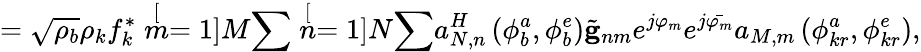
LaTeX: =\sqrt{\rho_{b}}\rho_{k}f_{k}^{*}\stackrel[m=1]{M}{\sum}\stackrel[n=1]{N}{\sum}a_{N,n}^{H}\left(\phi_{b}^{a},\phi_{b}^{e}\right)\tilde{\mathbf{g}}_{nm}e^{j\varphi_{m}}e^{j\bar{\varphi_{m}}}a_{M,m}\left(\phi_{kr}^{a},\phi_{kr}^{e}\right),